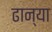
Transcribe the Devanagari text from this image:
ढान्या